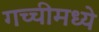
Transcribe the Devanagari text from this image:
गच्चीमध्ये